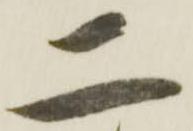
二